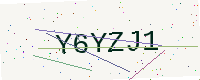
Text: Y6YZJ1